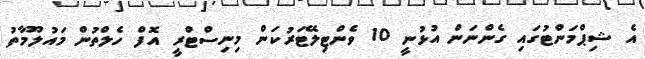
އެ ޝިޕްމަންޓުގައި ގެންނަން އުޅުނީ 10 ވެންޓިލޭޓަރުކަން މިނިސްޓްރީ އޮފް ހެލްތުން މައުލޫމާތު